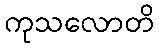
ကုသလောတိ